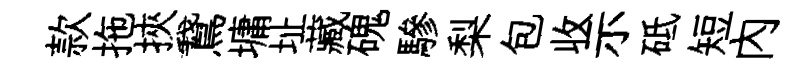
款拖挾鵞墉址藏磈驂梨包收示砥短內